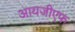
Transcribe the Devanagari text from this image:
आयजीएफ